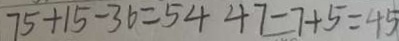
7 5 + 1 5 - 3 6 = 5 4 4 7 - 7 + 5 = 4 5